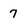
Character: 7